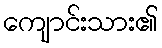
ကျောင်းသား၏